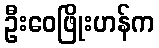
ဦးဝေဖြိုးဟန်က